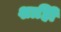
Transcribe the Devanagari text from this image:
शाहीि